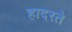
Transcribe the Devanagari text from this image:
हादरते